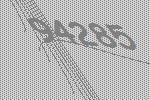
94285